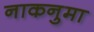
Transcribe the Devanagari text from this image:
नाकनुमा